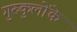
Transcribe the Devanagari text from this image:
गुरुकुलोंके